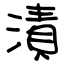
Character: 漬